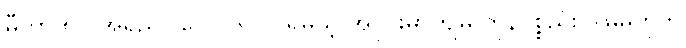
မီတာ ၅၀ အရှည် (ပေ ၁၆၀ ) ရှိမယ့် အပိုင်းမှာကျမှ ကုန်ပစ္စည်း ဒါမှမဟုတ်